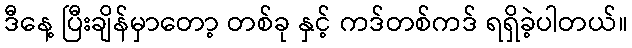
ဒီနေ့ ပြီးချိန်မှာတော့ တစ်ခု နှင့် ကဒ်တစ်ကဒ် ရရှိခဲ့ပါတယ်။